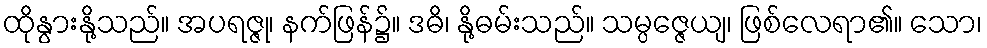
ထိုနွားနို့သည်။ အပရဇ္ဇု၊ နက်ဖြန်၌။ ဒဓိ၊ နို့ဓမ်းသည်။ သမ္ပဇ္ဇေယျ၊ ဖြစ်လေရာ၏။ သော၊